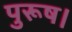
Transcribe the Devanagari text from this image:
पुरूष।